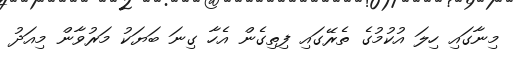
މިނާގައި ހިލަ އުކުމުގެ ތެރޭގައި ފިތިގެން އެހާ ގިނަ ބަޔަކު މަރުވާން މިއަދު